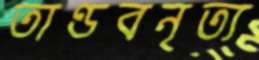
তাণ্ডবনৃত্য